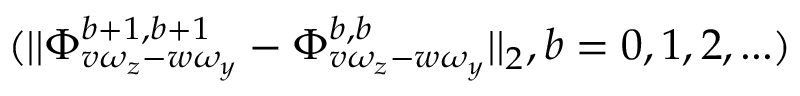
( | | \Phi _ { v \omega _ { z } - w \omega _ { y } } ^ { b + 1 , b + 1 } - \Phi _ { v \omega _ { z } - w \omega _ { y } } ^ { b , b } | | _ { 2 } , b = 0 , 1 , 2 , . . . )